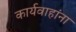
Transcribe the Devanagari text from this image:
कार्यवाहांना